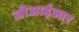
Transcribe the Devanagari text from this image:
जीआईआर